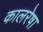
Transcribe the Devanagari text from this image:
कालरेषा